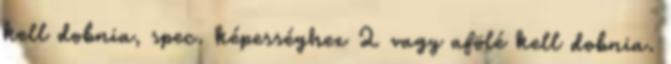
kell dobnia, spec. képességhez 2 vagy afölé kell dobnia.